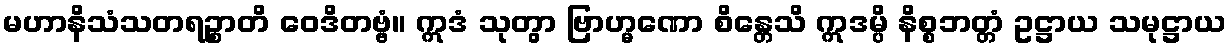
မဟာနိသံသတရဉ္စာတိ ဝေဒိတဗ္ဗံ။ ဣဒံ သုတွာ ဗြာဟ္မဏော စိန္တေသိ ဣဒမ္ပိ နိစ္စဘတ္တံ ဥဋ္ဌာယ သမုဋ္ဌာယ